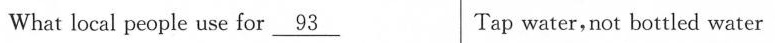
What local people use for \underline{93} Tap water,not bottled water